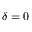
\delta = 0